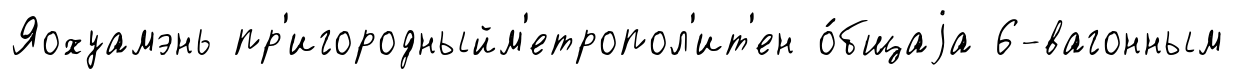
Яохуамэнь пр'игородныйм'етропол'ит'ен о́бщаjа 6-вагонным